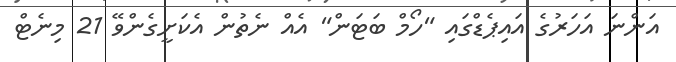
އަންނަ އަހަރުގެ އައިޕެޑްގައި "ހޯމް ބަޓަން" އެއް ނެތުން އެކަށީގެންވޭ 21 މިނެޓް